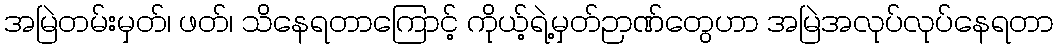
အမြဲတမ်းမှတ်၊ ဖတ်၊ သိနေရတာကြောင့် ကိုယ့်ရဲ့မှတ်ဉာဏ်တွေဟာ အမြဲအလုပ်လုပ်နေရတာ